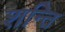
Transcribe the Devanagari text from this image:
शन्ति